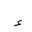
Letter: _hamza